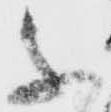
不